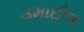
૩માઈલ